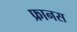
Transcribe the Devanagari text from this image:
फ्रानस